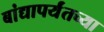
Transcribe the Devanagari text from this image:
बांद्यापर्यंतच्या